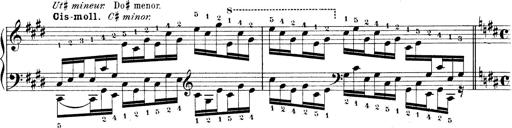
Title: Technische Studien
Composer: Franz Liszt